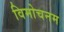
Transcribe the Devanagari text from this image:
विमोचनम